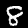
Digit: 8